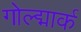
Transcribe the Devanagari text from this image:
गोल्द्मार्क